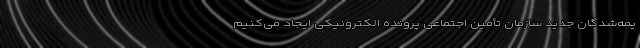
یمه‌شدگان جدید سازمان تأمین اجتماعی پرونده الکترونیکی ایجاد می‌کنیم